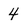
Character: 4